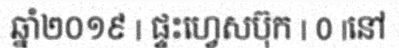
ឆ្នាំ២០១៩ | ផ្ទះហ្វេសប៊ុក | 0 |នៅ